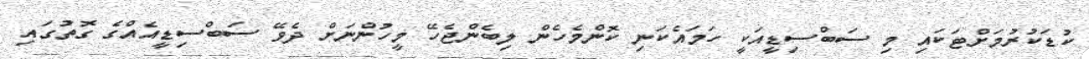
ކުޑަކުރުމަށްޓަކައި މި ސަބްސިޑީއަކީ ހަމައެކަނި ކޮންމެހެން ލިބެންޖެހޭ މީހުންނަށް ދެވޭ ސަބްސިޑީއެއްގެ ގޮތުގައި